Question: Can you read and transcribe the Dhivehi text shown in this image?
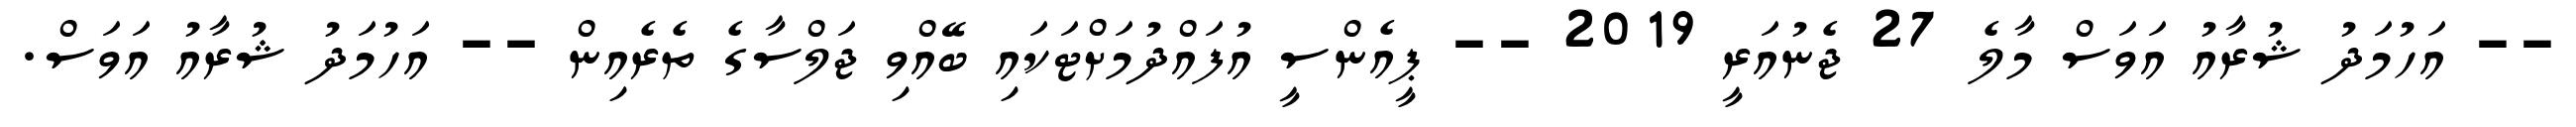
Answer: -- އަހުމަދު ޝުރާއު އަވަސް މާލެ 27 ޖެނުއަރީ 2019 -- ޕީއެންސީ އުފައްދުމަށްޓަކައި ބޭއްވި ޖަލްސާގެ ތެރެއިން -- އަހުމަދު ޝުރާއު އަވަސް.